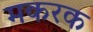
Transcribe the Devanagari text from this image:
मकरक